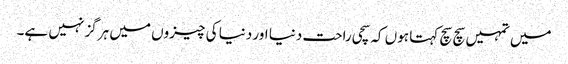
میں تمہیں سچ سچ کہتا ہوں کہ سچی راحت دنیا اور دنیا کی چیزوں میں ہرگز نہیں ہے۔